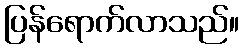
ပြန်ရောက်လာသည်။